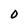
Character: O